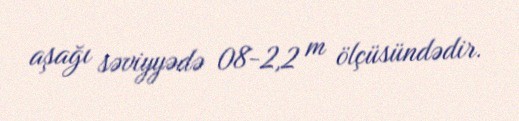
aşağı səviyyədə 08-2,2 m ölçüsündədir.